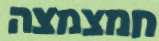
חמצמצה